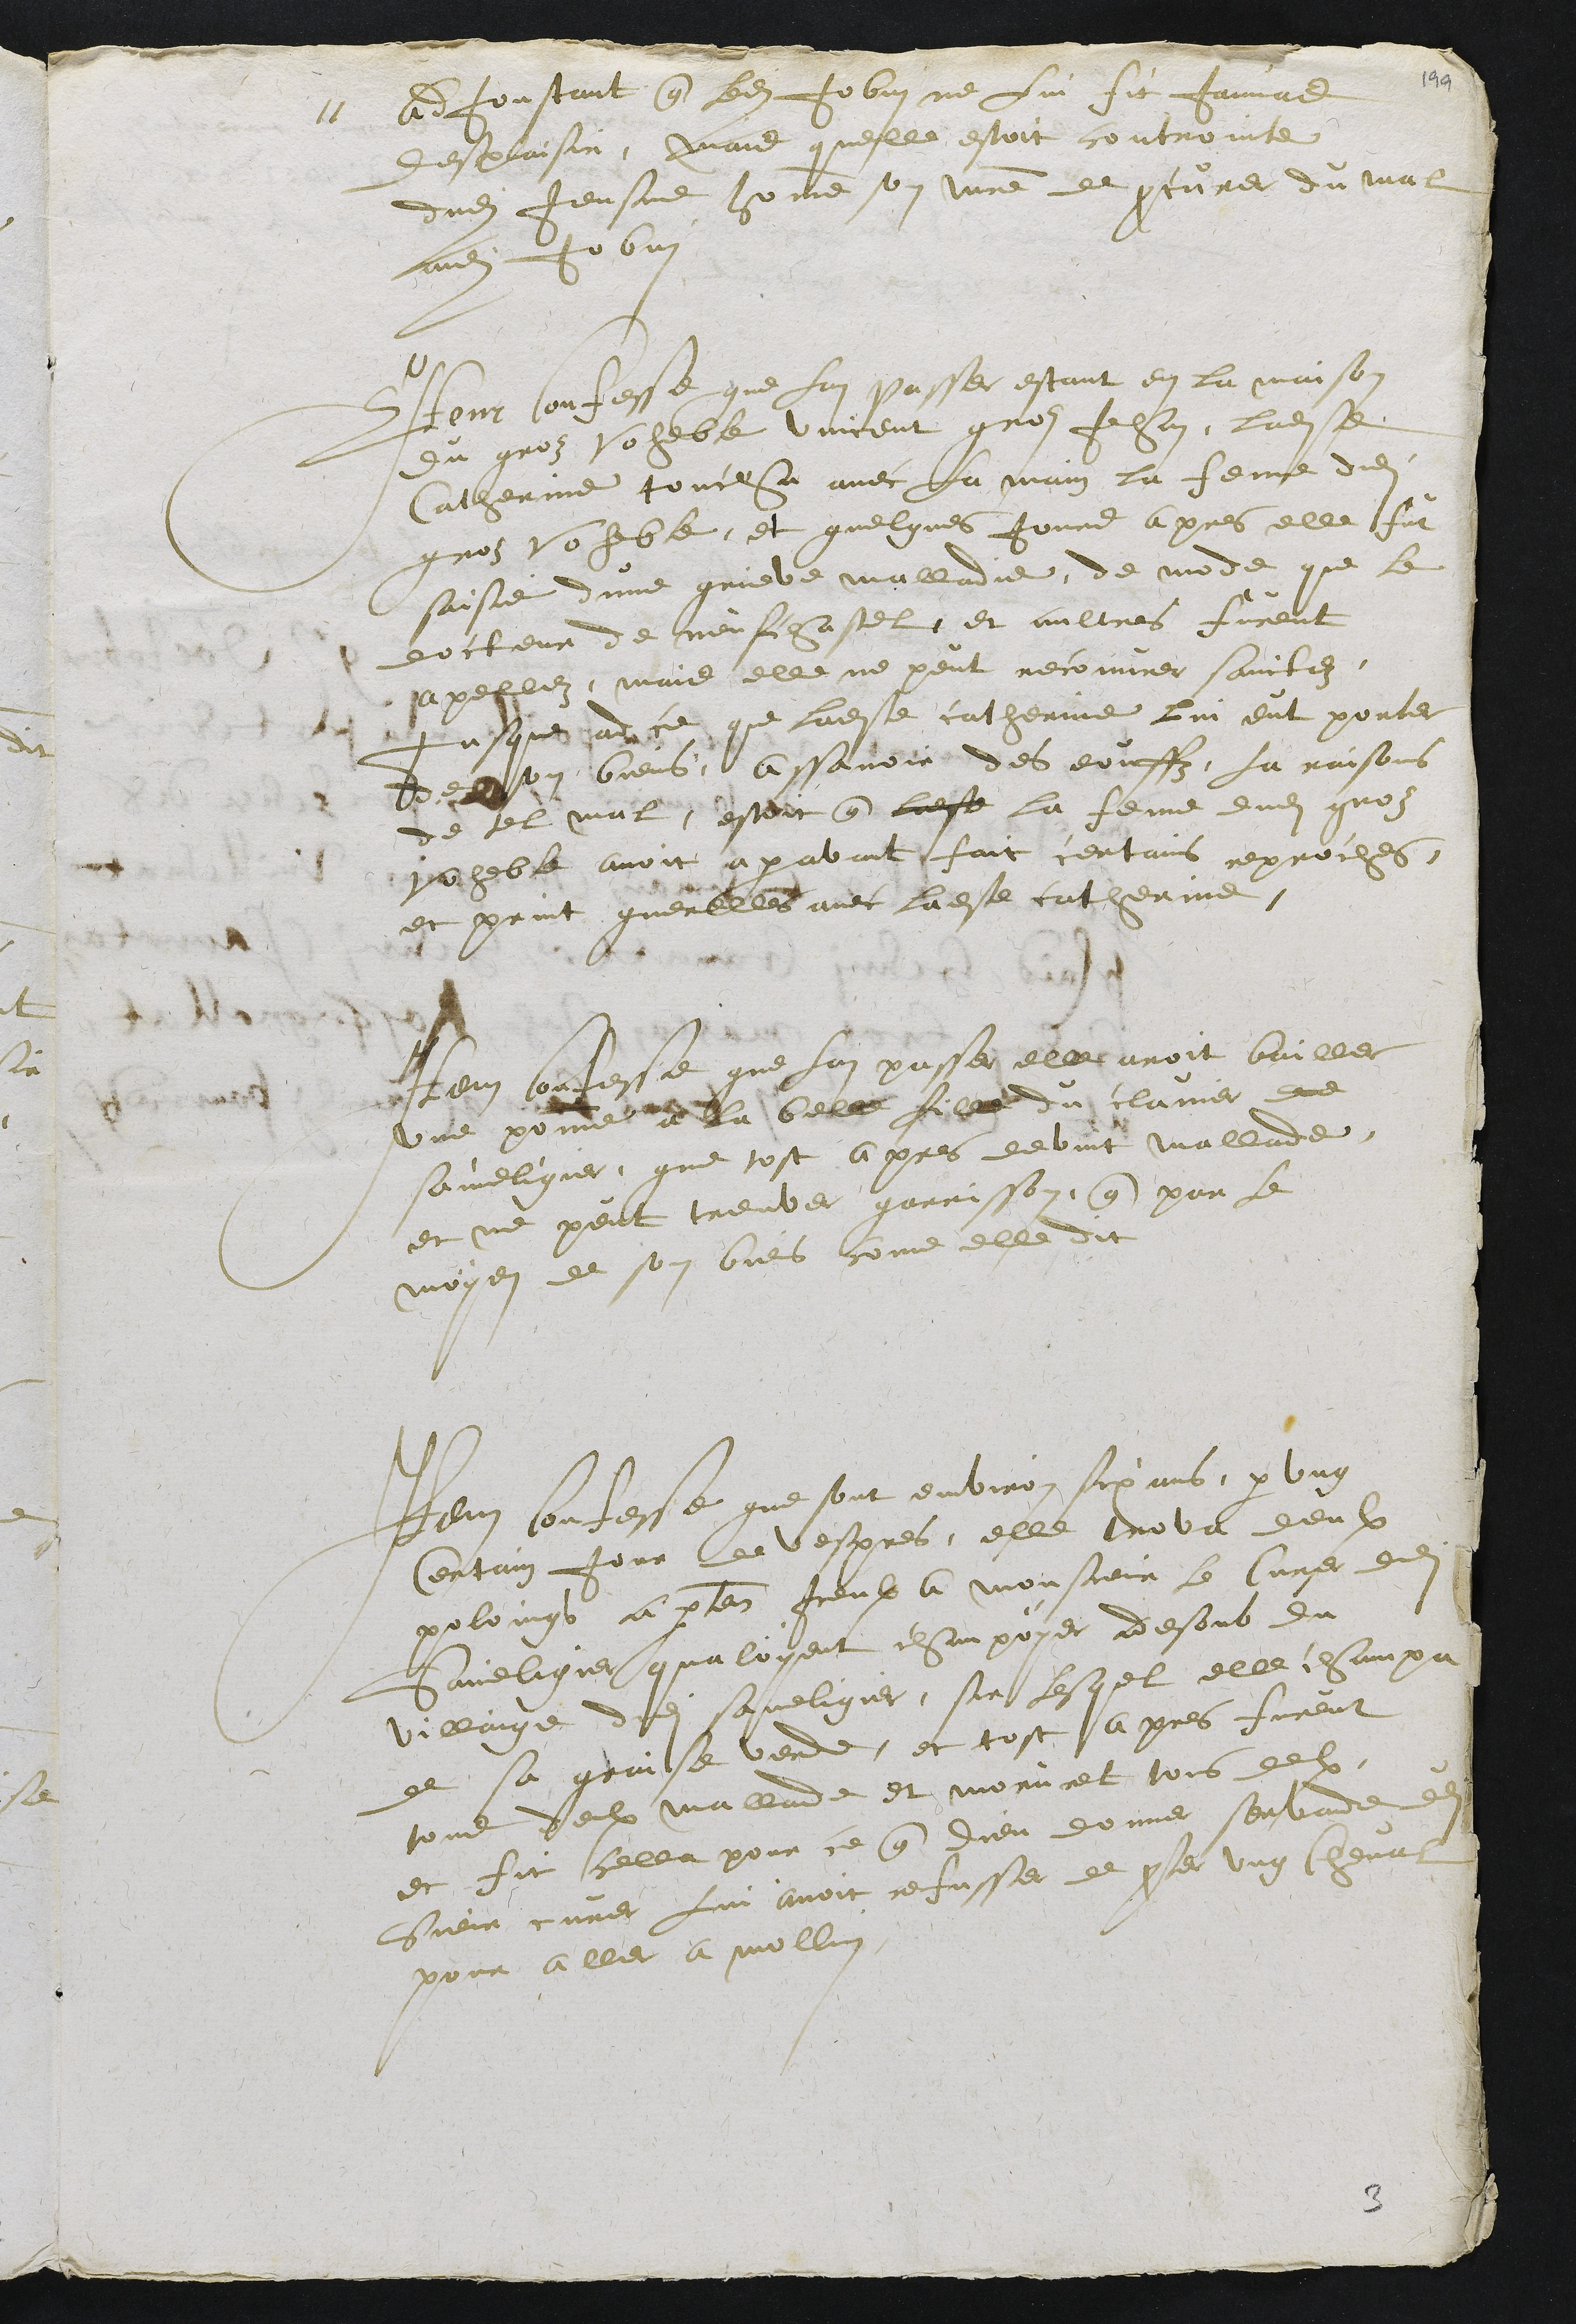
adjoustant que ledit Jobin ne lui fit jamais
desplaisir, mais quelle estoit controinte
dudit Jeusne homme son maitre de procurer du mal
audit Jobin
Item Confesse que lan passer estant en la maison
du groz Voheble Vincent groz Jehan, ladite
Catherine toucha avec la main la feme dudit
groz Voheble, et quelques jours apres elle fut
saisie dune grieve malladie, de mode que le
docteur de neufchastel et aultres furent
apellez, mais elle ne peut recouvrer saintez,
jusques adce que ladite catherine lui eut porter
de son biens, assavoir des eouffz, la raisons
de tel mal, estoit que ladite la feme dudit groz
voheble avoit aparavant fait certains reproches,
et print querelles avec ladite catherinne
Item confesse que lan passer elle avoit bailler
une pomme a la belle fille du clavier de
saineligier, que tost apres devint mallade,
et ne peut treuver garrisson, que par le
moyen de son biens come elle dit
Item confesse que sont environ six ans, par ung
Certain jour de vespres, elle trova deulx
poloings apartenant iceulx a monsieur le Curer dudit
Saineligier qualoyent champoyer desoub du
villaige dudit saineligier, sur lesquel elle champa
de sa graisse verde, et tost apres furent
tous deulx mallade et morurent tous deulx
et fit cella pour ce que dieu donner servande dudit
Sieur curer lui avoit refusser de preter ung cheval
pour aller a mollin

3